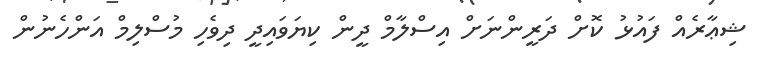
ޝިޢާރެއް ފައުޅު ކޮށް ދަރީންނަށް އިސްލާމް ދީން ކިޔަވައިދީ ދިވެހި މުސްލިމް އަންހެނުން